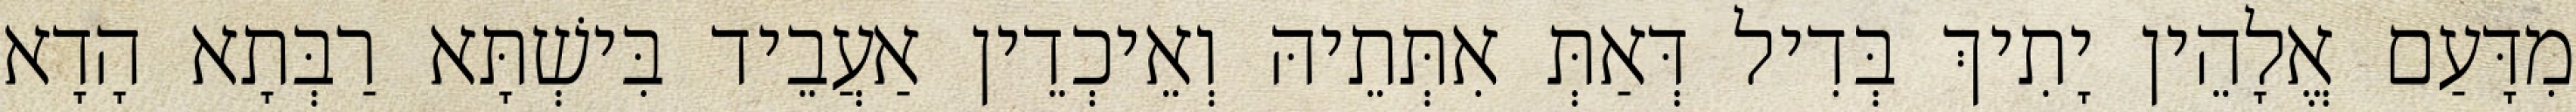
מִדָּעַם אֱלָהֵין יָתִיךְ בְּדִיל דְּאַתְּ אִתְּתֵיהּ וְאֵיכְדֵין אַעֲבֵיד בִּישְׁתָּא רַבְּתָא הָדָא